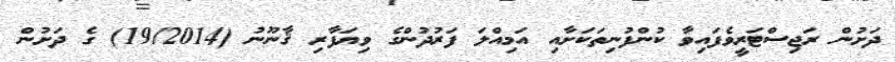
ދަށުން ރަޖިސްޓަރީވެފައިވާ ކުންފުނިތަކަށާއި އަމިއްލަ ފަރުދުންގެ ވިޔަފާރި ޤާނޫނު (19/2014) ގެ ދަށުން